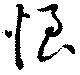
恨